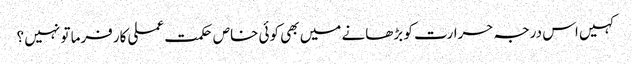
کہیں اس درجہ حرارت کو بڑھانے میں بھی کوئی خاص حکمت عملی کارفرما تو نہیں ؟